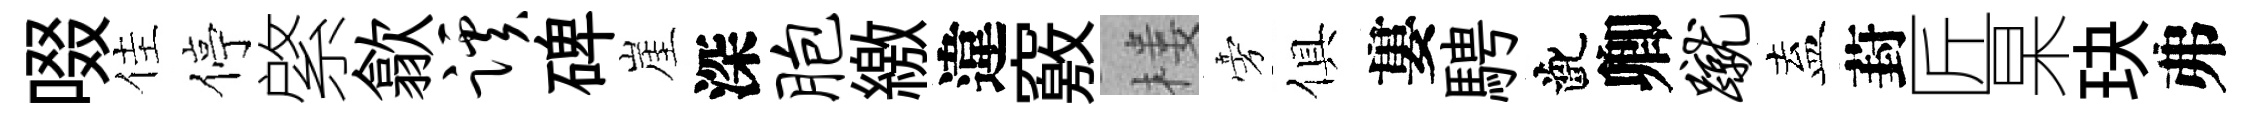
啜佳停綮歙蹊碑崖深胞繳違竅楼旁俱婁騁齔卿蹴盍葑匠杲玦弗